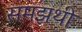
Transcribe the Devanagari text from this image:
समझथी